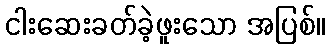
ငါးဆေးခတ်ခဲ့ဖူးသော အပြစ်။